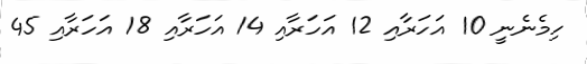
ހިމެނެނީ 10 އަހަރާއި 12 އަހަރާއި 14 އަހަރާއި 18 އަހަރާއި 45